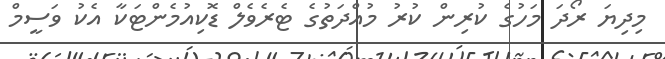
މިދިޔަ ރޯދަ މަހުގެ ކުރިން ކުރު މުއްދަތުގެ ޓެރެވެލް ޑޮކިއުމެންޓަކާ އެކު ވަސީމް